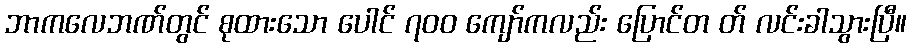
ဘာကလေဘဏ်တွင် စုထားသော ပေါင် ၇၀၀ ကျော်ကလည်း ပြောင်တ တ် လင်းခါသွားပြီ။